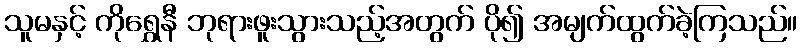
သူမနှင့် ကိုရွှေနီ ဘုရားဖူးသွားသည့်အတွက် ပို၍ အမျက်ထွက်ခဲ့ကြသည်။